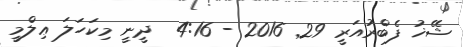
ޝޭޚު ފެބްރުއަރީ 29